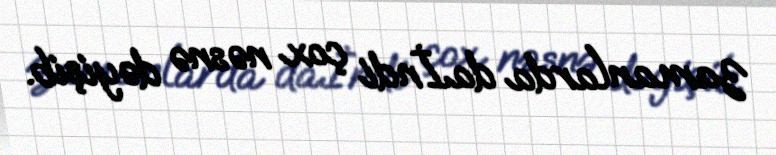
zamanlarda da.İndi çox nəsnə dəyişib.